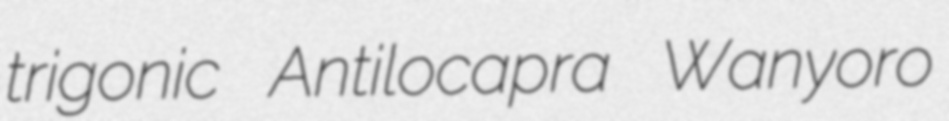
trigonic Antilocapra Wanyoro